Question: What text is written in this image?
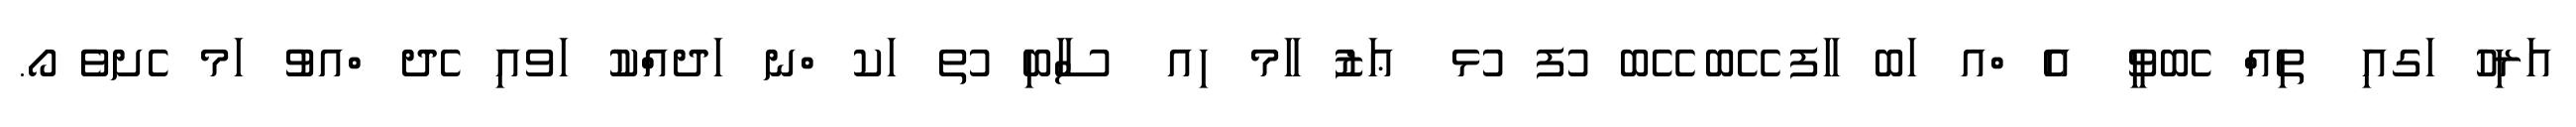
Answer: އަރިހު ަގއި ތިއް ެބވީ އެ ްއ ަބ ާފ ޭބ ޭބ ުފ ުޅ ޢަޒު ާމ ިއ ސާބި ުތ ަކ ްނ ަދއްކު ަވއި ެދ ްއވު ަމ ެށވެ ޯ.